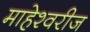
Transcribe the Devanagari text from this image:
माहेश्वरीज